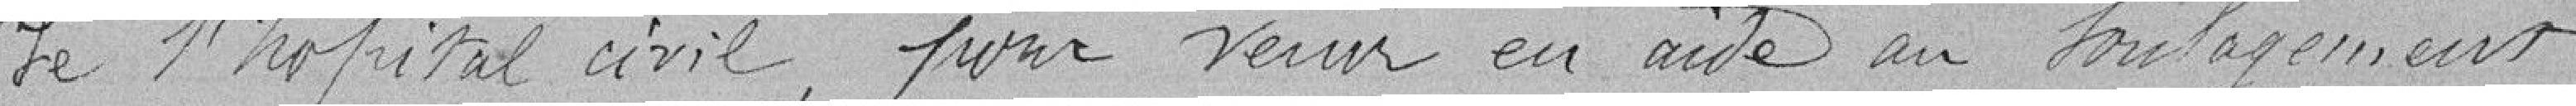
de l'hôpital civil, pour venir en aide au soulagement